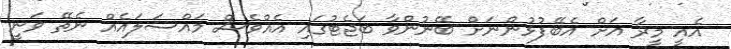
އެއީ މީރާ އަށް އެބޭފުޅުންނަށް ބޭނުންވާ ބަޖެޓުގައި އެއްވެސް މައްސަލައެއް ނެތޭ ވަނީ